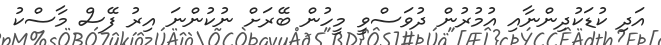
އަދި ކުޑަކުދިންނާއި އުމުރުން ދުވަސްވީ މީހުން ބޭރަށް ނުކުންނަ އިރު ފޭސް މާސްކު